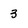
Character: 3